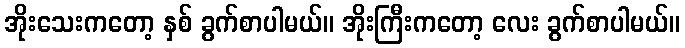
အိုးသေးကတော့ နှစ် ခွက်စာပါမယ်။ အိုးကြီးကတော့ လေး ခွက်စာပါမယ်။